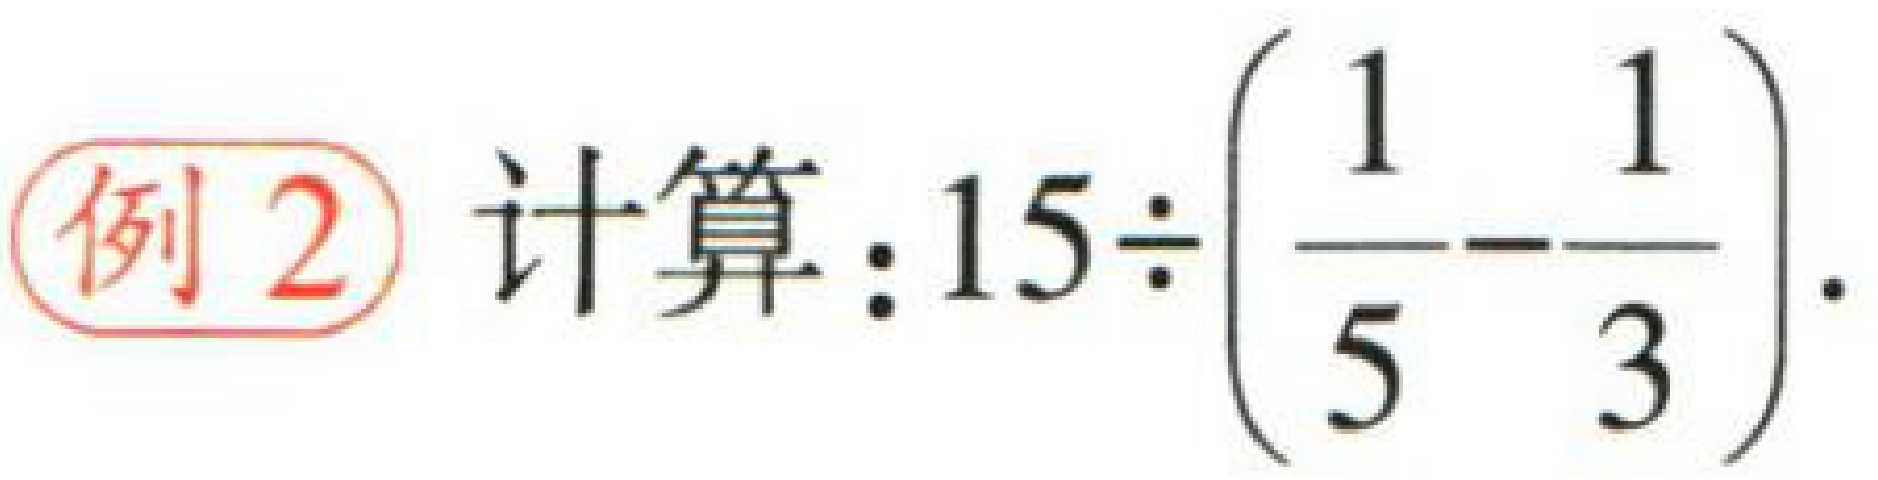
例2 计算：$15\div\left(\dfrac{1}{5}-\dfrac{1}{3}\right).$